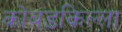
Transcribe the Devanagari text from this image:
कोंबडकिल्ला